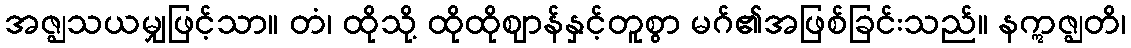
အဇ္ဈသယမျှဖြင့်သာ။ တံ၊ ထိုသို့ ထိုထိုဈာန်နှင့်တူစွာ မဂ်၏အဖြစ်ခြင်းသည်။ နဣဇ္ဈတိ၊